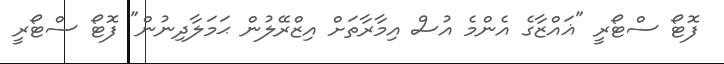
ފޮޓޯ ސްޓޯރީ "ޣައްޒާގެ އެންމެ އުސް އިމާރާތަށް އިޒްރޭލުން ޙަމަލާދިނުން" ފޮޓޯ ސްޓޯރީ